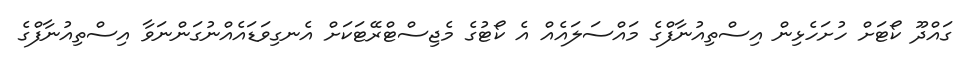
ގައްދޫ ކޯޓަށް ހުށަހެޅިން އިސްތިއުނާފްގެ މައްސަލައެއް އެ ކޯޓުގެ މެޖިސްޓްރޭޓަކަށް އެނގިވަޑައެއްނުގަންނަވާ އިސްތިއުނާފްގެ